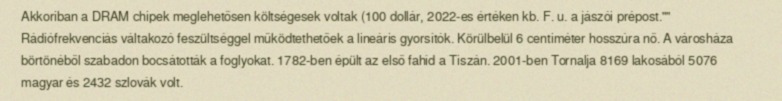
Akkoriban a DRAM chipek meglehetősen költségesek voltak (100 dollár, 2022-es értéken kb. F. u. a jászói prépost."" Rádiófrekvenciás váltakozó feszültséggel működtethetőek a lineáris gyorsítók. Körülbelül 6 centiméter hosszúra nő. A városháza börtönéből szabadon bocsátották a foglyokat. 1782-ben épült az első fahíd a Tiszán. 2001-ben Tornalja 8169 lakosából 5076 magyar és 2432 szlovák volt.